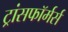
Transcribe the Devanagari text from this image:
ट्रांसफॉर्मर्स